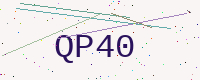
Text: QP40